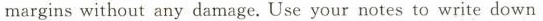
margins without any damage. Use your notes to write down